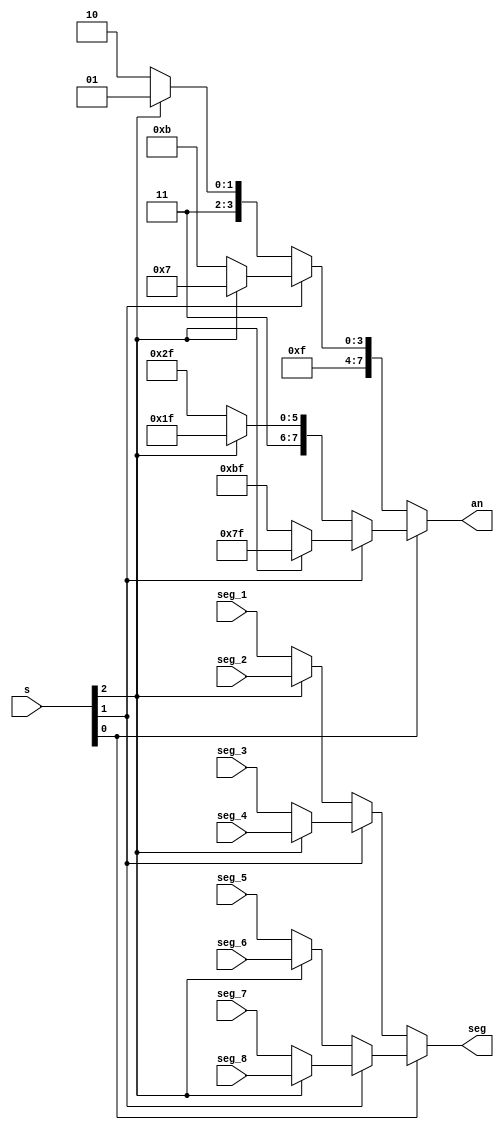
`timescale 1ns / 1ps
//////////////////////////////////////////////////////////////////////////////////
// Company: 
// Engineer: 
// 
// Design Name: 
// Module Name: mux
// Project Name: 
// Target Devices: 
// Tool Versions: 
// Description: 
// 
// Dependencies: 
// 
// Revision:
// Revision 0.01 - File Created
// Additional Comments:
// 
//////////////////////////////////////////////////////////////////////////////////


module mux(
    input [2:0] s,
    input [6:0] seg_1,
    input [6:0] seg_2,
    input [6:0] seg_3,
    input [6:0] seg_4,
    input [6:0] seg_5,
    input [6:0] seg_6,
    input [6:0] seg_7,
    input [6:0] seg_8,
    output [6:0] seg,
    output [7:0] an
    );
    
    reg [7:0] an1 = 8'b11111110;
    reg [7:0] an2 = 8'b11111101;
    reg [7:0] an3 = 8'b11111011;
    reg [7:0] an4 = 8'b11110111;
    reg [7:0] an5 = 8'b11101111;
    reg [7:0] an6 = 8'b11011111;
    reg [7:0] an7 = 8'b10111111;
    reg [7:0] an8 = 8'b01111111;
    
    assign an = s[0] ? (s[1] ? (s[2] ? an8 : an7) : (s[2] ? an6 : an5)) : (s[1] ? (s[2] ? an4 : an3) : (s[2] ? an2 : an1));
    assign seg = s[0] ? (s[1] ? (s[2] ? seg_8 : seg_7) : (s[2] ? seg_6 : seg_5)) : (s[1] ? (s[2] ? seg_4 : seg_3) : (s[2] ? seg_2 : seg_1));
        
endmodule